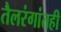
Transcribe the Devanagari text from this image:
तैलरंगांतही